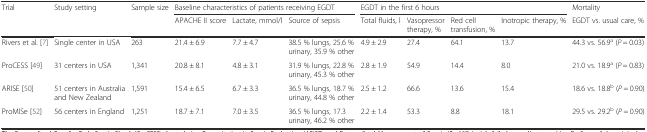
<table><thead><tr><td><b>Trial</b></td><td><b>Study setting</b></td><td><b>Sample size</b></td><td colspan="3"><b>Baseline characteristics of patients receiving EGDT</b></td><td colspan="4"><b>EGDT in the first 6 hours</b></td><td><b>Mortality</b></td></tr><tr><td></td><td></td><td></td><td><b>APACHE II score</b></td><td><b>Lactate, mmol/l</b></td><td><b>Source of sepsis</b></td><td><b>Total fluids, l</b></td><td><b>Vasopressor therapy, %</b></td><td><b>Red cell transfusion, %</b></td><td><b>Inotropic therapy, %</b></td><td><b>EGDT vs. usual care, %</b></td></tr></thead><tbody><tr><td>Rivers et al. [7]</td><td>Single center in USA</td><td>263</td><td>21.4 ± 6.9</td><td>7.7 ± 4.7</td><td>38.5 % lungs, 25.6 % urinary, 35.9 % other</td><td>4.9 ± 2.9</td><td>27.4</td><td>64.1</td><td>13.7</td><td>44.3 vs. 56.9<sup>a</sup> (<i>P</i> = 0.03)</td></tr><tr><td>ProCESS [49]</td><td>31 centers in USA</td><td>1,341</td><td>20.8 ± 8.1</td><td>4.8 ± 3.1</td><td>31.9 % lungs, 22.8 % urinary, 45.3 % other</td><td>2.8 ± 1.9</td><td>54.9</td><td>14.4</td><td>8.0</td><td>21.0 vs. 18.9<sup>a</sup> (<i>P</i> = 0.83)</td></tr><tr><td>ARISE [50]</td><td>51 centers in Australia and New Zealand</td><td>1,591</td><td>15.4 ± 6.5</td><td>6.7 ± 3.3</td><td>36.5 % lungs, 18.7 % urinary, 44.8 % other</td><td>2.5 ± 1.2</td><td>66.6</td><td>13.6</td><td>15.4</td><td>18.6 vs. 18.8<sup>b</sup> (<i>P</i> = 0.90)</td></tr><tr><td>ProMISe [52]</td><td>56 centers in England</td><td>1,251</td><td>18.7 ± 7.1</td><td>7.0 ± 3.5</td><td>36.5 % lungs, 17.3 urinary, 46.2 % other</td><td>2.2 ± 1.4</td><td>53.3</td><td>8.8</td><td>18.1</td><td>29.5 vs. 29.2<sup>b</sup> (<i>P</i> = 0.90)</td></tr></tbody></table>